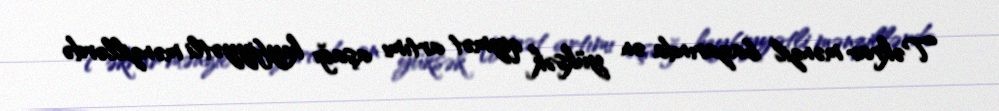
Təkrar mənzil bazarında ən yüksək qiymət artımı aşağı keyfiyyətli mənzillərdə